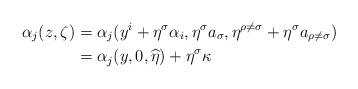
LaTeX: \begin{align*}\alpha_j(z, \zeta) &= \alpha_j(y^i + \eta^\sigma \alpha_i, \eta^\sigma a_\sigma, \eta^{\rho \neq \sigma} + \eta^\sigma a_{\rho \neq \sigma})\\&= \alpha_j(y, 0, \widehat{\eta}) + \eta^\sigma \kappa \end{align*}